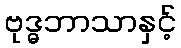
ဗုဒ္ဓဘာသာနှင့်